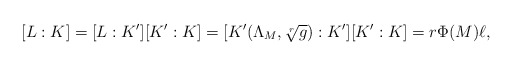
\begin{align*}[L:K] = [L : K'][K' : K] = [K'(\Lambda_M, \sqrt[r]{g}) : K'][K' : K] = r\Phi(M)\ell,\end{align*}